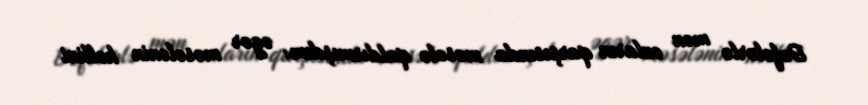
Dəfələrlə mən onların qarşısında məsələ qaldırmışdım: əgər məsələnin həllini